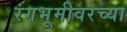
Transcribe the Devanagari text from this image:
रंगभूमीवरच्या